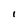
Character: i